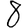
Digit: 8